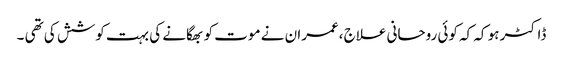
ڈاکٹر ہو کہ کہ کوئی روحانی علاج ،عمران نے موت کو بھگانے کی بہت کوشش کی تھی ۔